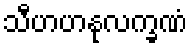
သီဟဟနုလက္ခဏံ